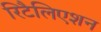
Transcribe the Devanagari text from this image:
रिटैलिएशन